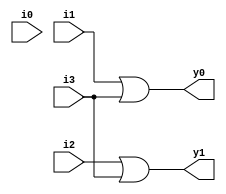
module encoder4to2_dl(i0,i1, i2, i3, y0, y1);
input i0, i1, i2, i3;
output y0, y1;
assign y0 = i1|i3;
assign y1 = i2|i3;
endmodule
module encoder4to2_dl_tb;
reg i0, i1, i2, i3;
wire y0, y1;
encoder4to2_dl e1(i0, i1, i2, i3,y0, y1);
initial
begin
    i0=1'b0; i1=1'b0; i2=1'b0;i3=1'b0;
    $monitor("Time:%f, i0=%b i1=%b i2=%b i3=%b, y0=%b, y1=%b",$time,i0, i1, i2, i3, y0, y1 );
    #5 i0=1'b0; i1=1'b0; i2=1'b0;i3=1'b0;
    #5 i0=1'b1; i1=1'b0; i2=1'b0;i3=1'b0;
    #5 i0=1'b0; i1=1'b1; i2=1'b0;i3=1'b0;
    #5 i0=1'b0; i1=1'b0; i2=1'b1;i3=1'b0;
    #5 i0=1'b0; i1=1'b0; i2=1'b0;i3=1'b1;
    end
endmodule